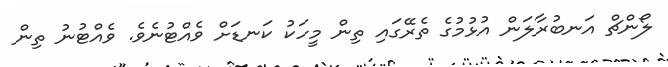
ލޯންޗް އަނބުރާލަން އުޅުމުގެ ތެރޭގައި ތިން މީހަކު ކަނޑަށް ވެއްޓުނެވެ. ވެއްޓުނު ތިން